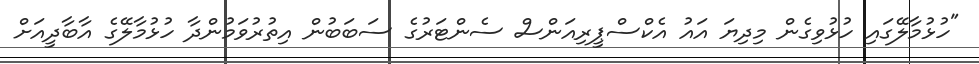
"ހުޅުމާލޭގައި ހުޅުވިގެން މިދިޔަ އައު އެކްސްޕީރިއަންސް ސެންޓަރުގެ ސަބަބުން އިތުރުވަމުންދާ ހުޅުމާލޭގެ އާބާދީއަށް